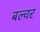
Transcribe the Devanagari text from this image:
बल्वर